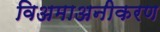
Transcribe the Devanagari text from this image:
विअमाअनीकरण